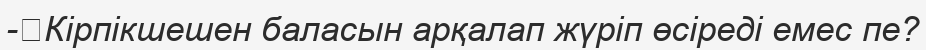
-	Кірпікшешен баласын арқалап жүріп өсіреді емес пе?